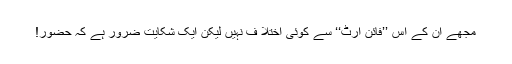
مجھے ان کے اس ’’فائن آرٹ‘‘ سے کوئی اختلا ف نہیں لیکن ایک شکایت ضرور ہے کہ حضور!